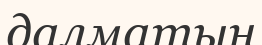
далматын